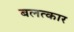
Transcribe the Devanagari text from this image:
बलत्कार